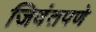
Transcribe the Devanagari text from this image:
जिवंतपणे